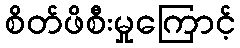
စိတ်ဖိစီးမှုကြောင့်